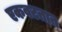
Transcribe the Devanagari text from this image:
एकवटतात